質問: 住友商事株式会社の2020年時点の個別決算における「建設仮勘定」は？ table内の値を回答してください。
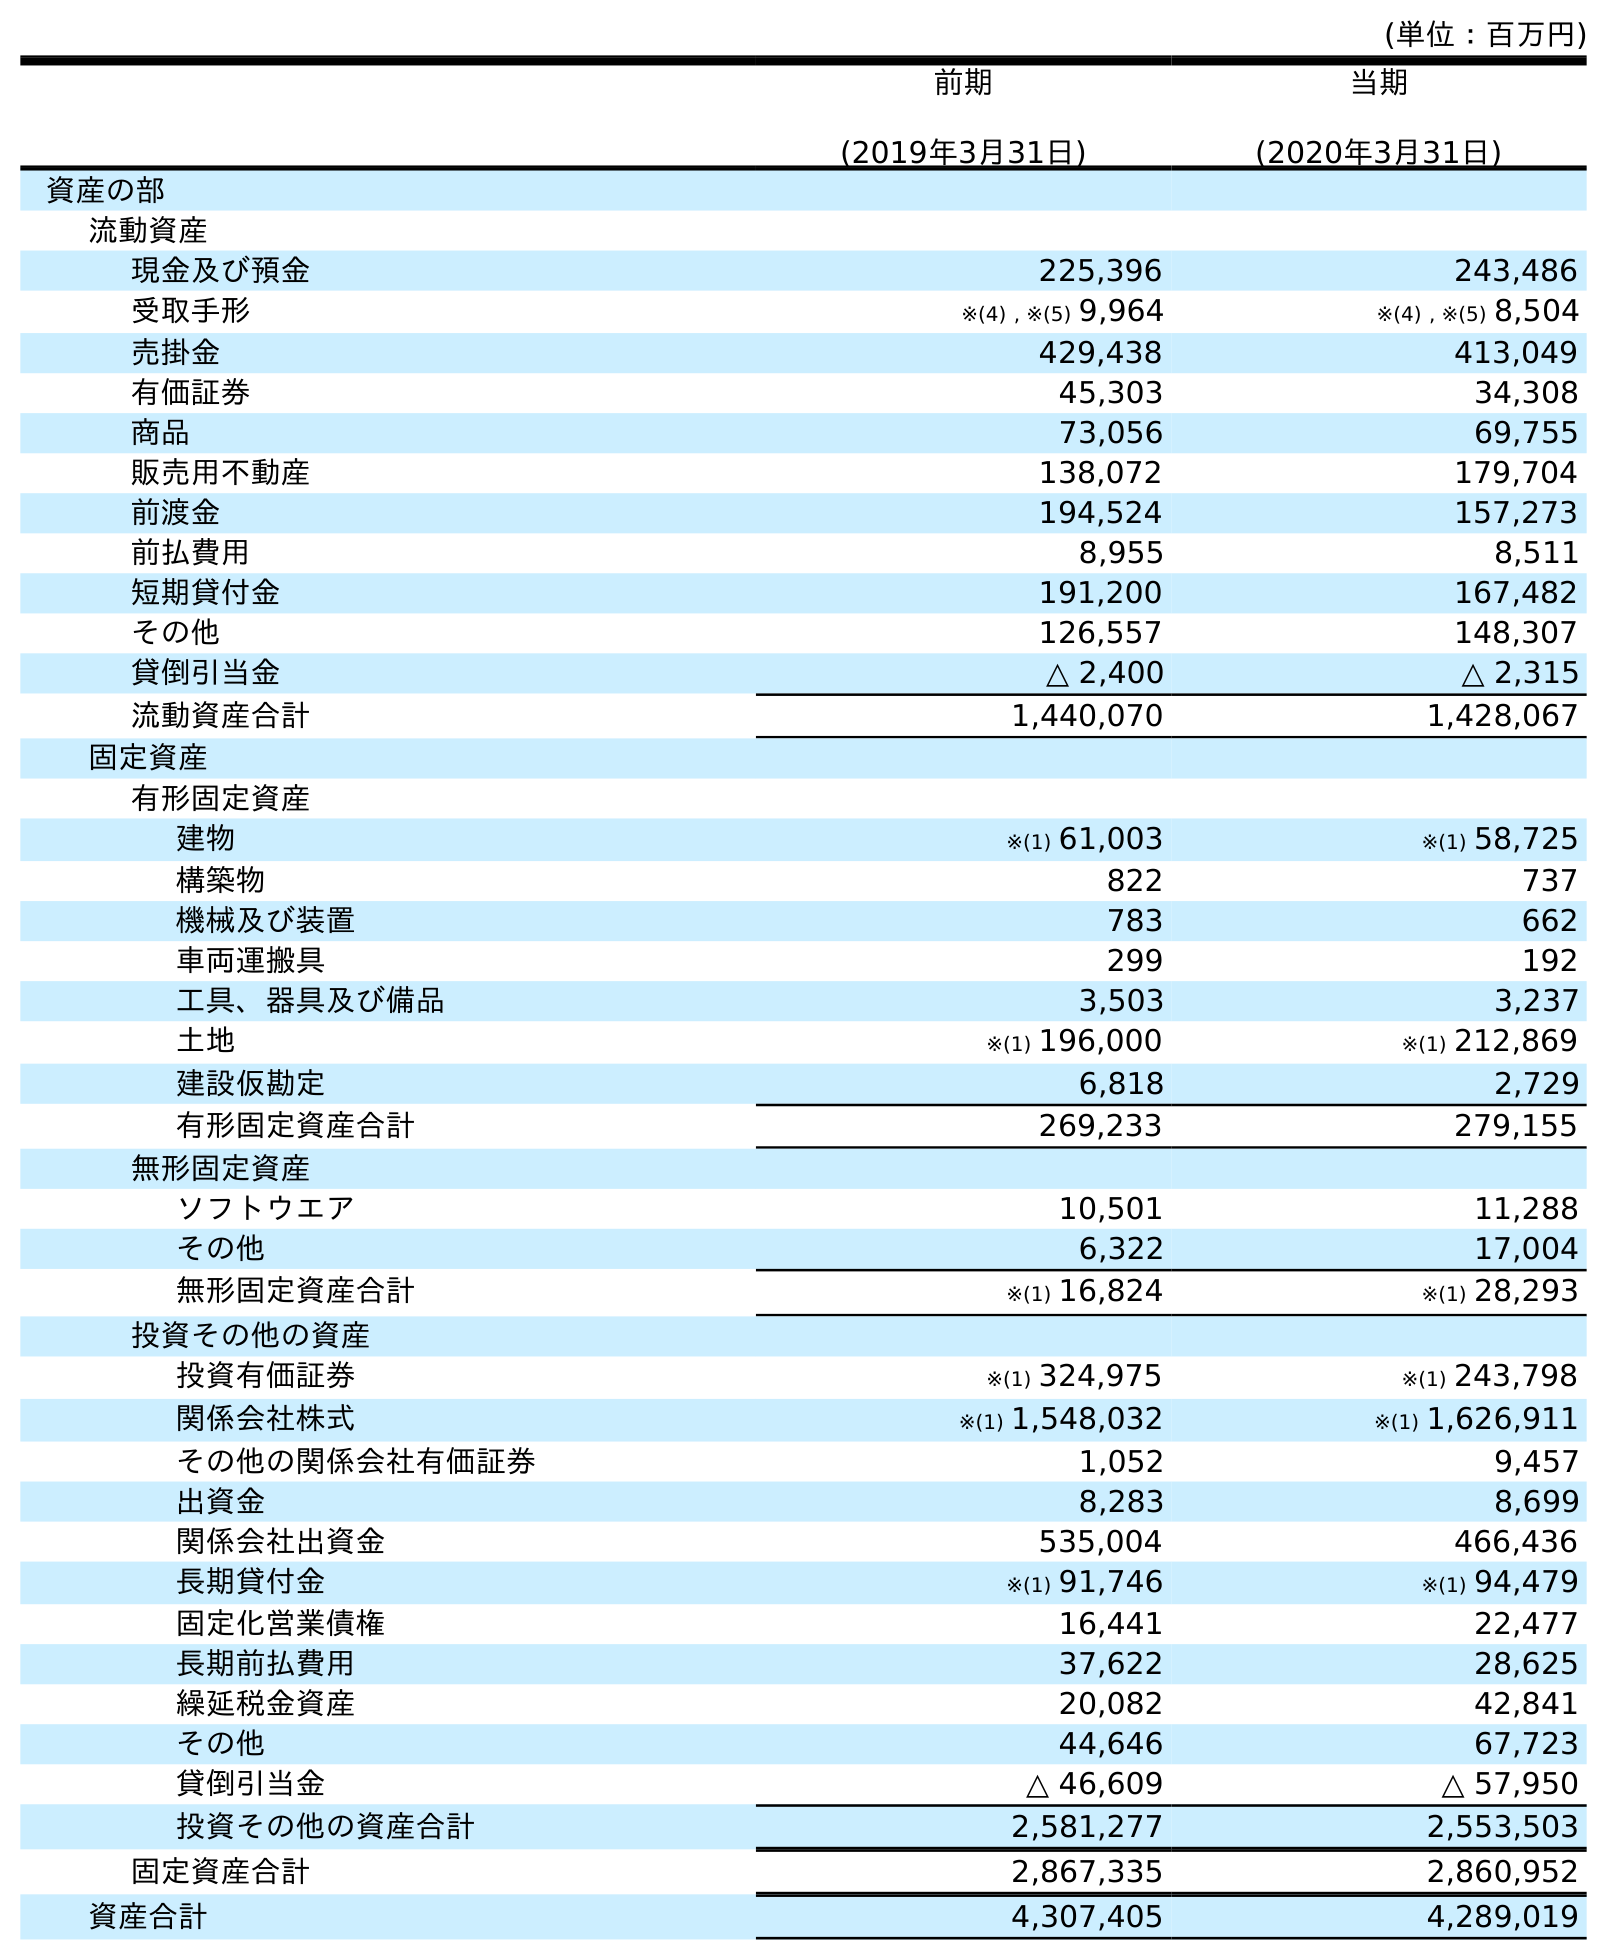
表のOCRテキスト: (単位：百万円) 前期 (2019年3月31日) 当期 (2020年3月31日) 資産の部 流動資産 現金及び預金 225,396 243,486 受取手形 ※(4) , ※(5) 9,964 ※(4) , ※(5) 8,504 売掛金 429,438 413,049 有価証券 45,303 34,308 商品 73,056 69,755 販売用不動産 138,072 179,704 前渡金 194,524 157,273 前払費用 8,955 8,511 短期貸付金 191,200 167,482 その他 126,557 148,307 貸倒引当金 △ 2,400 △ 2,315 流動資産合計 1,440,070 1,428,067 固定資産 有形固定資産 建物 ※(1) 61,003 ※(1) 58,725 構築物 822 737 機械及び装置 783 662 車両運搬具 299 192 工具、器具及び備品 3,503 3,237 土地 ※(1) 196,000 ※(1) 212,869 建設仮勘定 6,818 2,729 有形固定資産合計 269,233 279,155 無形固定資産 ソフトウエア 10,501 11,288 その他 6,322 17,004 無形固定資産合計 ※(1) 16,824 ※(1) 28,293 投資その他の資産 投資有価証券 ※(1) 324,975 ※(1) 243,798 関係会社株式 ※(1) 1,548,032 ※(1) 1,626,911 その他の関係会社有価証券 1,052 9,457 出資金 8,283 8,699 関係会社出資金 535,004 466,436 長期貸付金 ※(1) 91,746 ※(1) 94,479 固定化営業債権 16,441 22,477 長期前払費用 37,622 28,625 繰延税金資産 20,082 42,841 その他 44,646 67,723 貸倒引当金 △ 46,609 △ 57,950 投資その他の資産合計 2,581,277 2,553,503 固定資産合計 2,867,335 2,860,952 資産合計 4,307,405 4,289,019
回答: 2,729